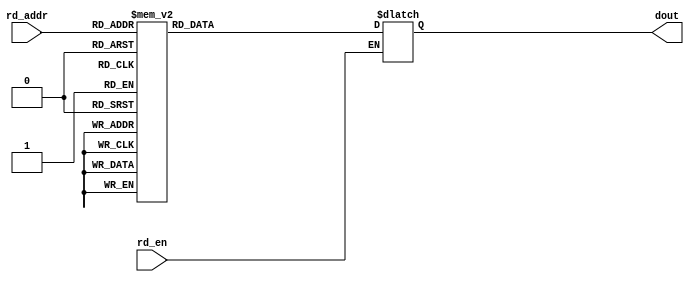
//????RAM??????ROM
module n_rom #(
    parameter ADDR_TOTAL = 8,
    parameter ADDR_WIDTH = 3,
    parameter OUTPUT_BIT_WIDTH = 6
)
(
    input rd_en, 
    input [ADDR_WIDTH-1:0] rd_addr, 
    output [OUTPUT_BIT_WIDTH-1:0] dout
);

(*rom_style = "block" *) reg [OUTPUT_BIT_WIDTH-1:0] rom_ndata;

assign dout = rom_ndata;

always @(*) begin
    if (rd_en)
        case(rd_addr)
            0: rom_ndata =  6'h3c;
            1: rom_ndata =  6'h2f;
            2: rom_ndata =  6'h26;
            3: rom_ndata =  6'h20;
            4: rom_ndata =  6'h1b;
            5: rom_ndata =  6'h17;
            6: rom_ndata =  6'h14;
            7: rom_ndata =  6'h11;
            default: rom_ndata = 6'h0;
        endcase
end



endmodule